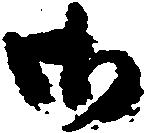
御